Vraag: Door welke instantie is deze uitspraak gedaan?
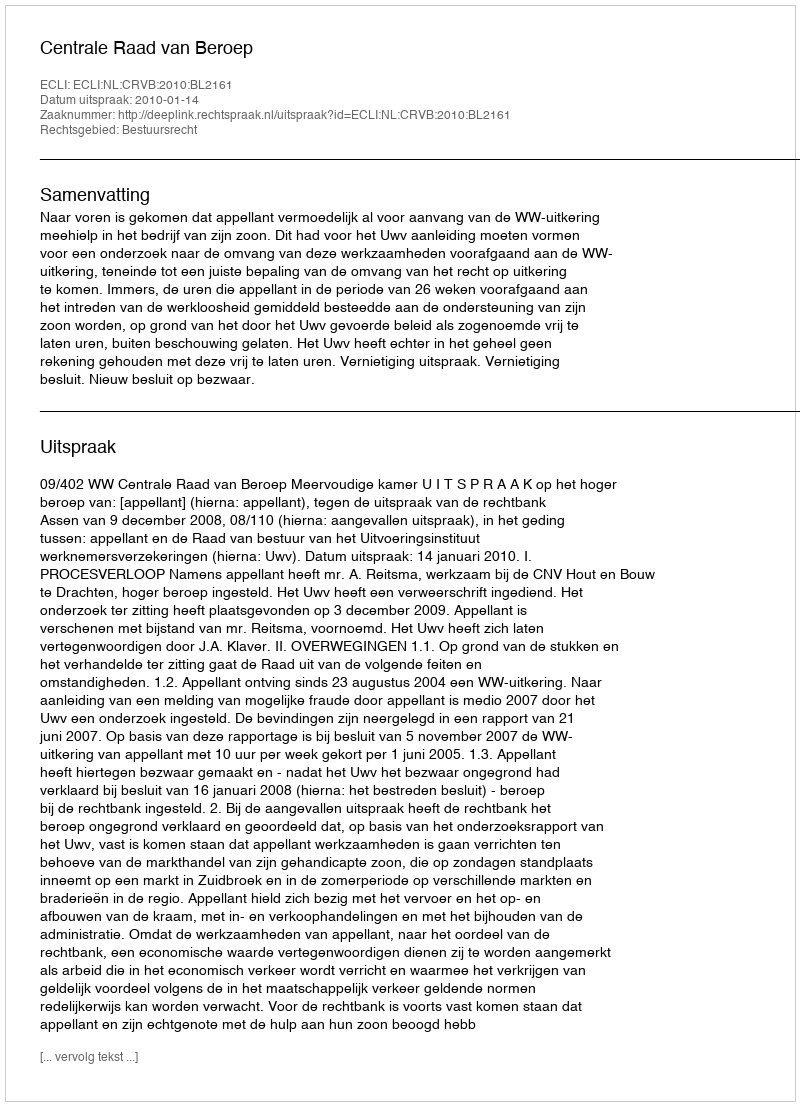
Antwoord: Centrale Raad van Beroep